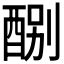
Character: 𨡊